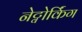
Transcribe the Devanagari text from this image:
नेट्वोर्किंग